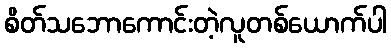
စိတ်သဘောကောင်းတဲ့လူတစ်ယောက်ပါ